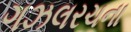
ગઝલરચના